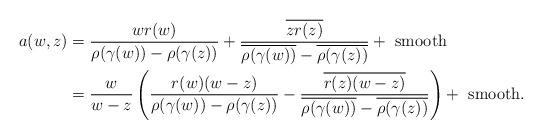
LaTeX: \begin{align*}a(w,z) &= \frac{wr(w)}{\rho(\gamma(w)) - \rho(\gamma(z))} + \frac{\overline{zr(z)}}{\overline{\rho(\gamma(w))} - \overline{\rho(\gamma(z))}} + \mbox{ smooth} \\&= \frac{w}{w-z} \left(\frac{r(w)(w-z)}{\rho(\gamma(w)) - \rho(\gamma(z))} - \frac{\overline{r(z)(w-z)}}{\overline{\rho(\gamma(w))} - \overline{\rho(\gamma(z))}}\right) + \mbox{ smooth}. \end{align*}